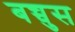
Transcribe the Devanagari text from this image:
बच्चुस